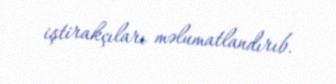
iştirakçıları məlumatlandırıb.